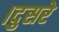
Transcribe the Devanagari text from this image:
।दुसरे